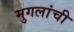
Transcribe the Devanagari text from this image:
मुगलांची